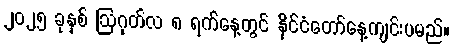
၂၀၂၅ ခုနှစ် ဩဂုတ်လ ၈ ရက်နေ့တွင် နိုင်ငံတော်နေ့ကျင်းပမည်။